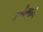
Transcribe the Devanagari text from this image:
उपपैमाने